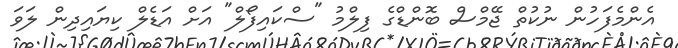
އެންމެފަހުން ނުކުތް ޖޭމްސް ބޮންޑްގެ ފިލްމު "ސްކައިފޯލް" އަށް އަޑެލް ކިޔައިދިން ލަވަ